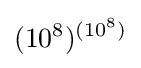
(10^{8})^{(10^{8})}